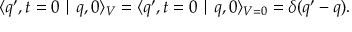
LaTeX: \langle q ^ { \prime } , t = 0 \mid q , 0 \rangle _ { V } = \langle q ^ { \prime } , t = 0 \mid q , 0 \rangle _ { V = 0 } = \delta ( q ^ { \prime } - q ) .